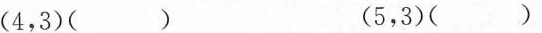
(4，3)() (5，3)()